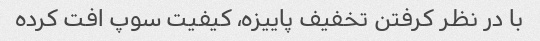
با در نظر کرفتن تخفیف پاییزه، کیفیت سوپ افت کرده